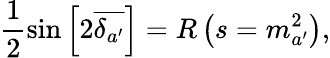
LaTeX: \frac{1}{2}\mathrm{{sin}}\left[2\overline{{{\delta_{a^{\prime}}}}}\right]=R\left(s=m_{a^{\prime}}^{2}\right),